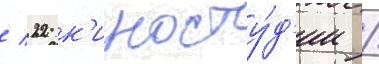
/ 22 к'иносту́д'ии /